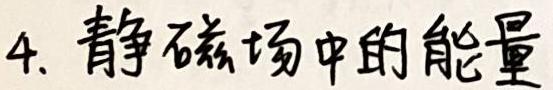
4. 静磁场中的能量